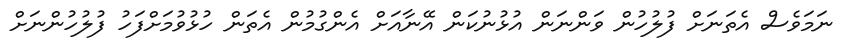
ނަމަވެސް އެތަނަށް ފުލުހުން ވަންނަން އުޅުނުކަން އޭނާއަށް އެންގުމުން އެތަން ހުޅުވުމަށްފަހު ފުލުހުންނަށް